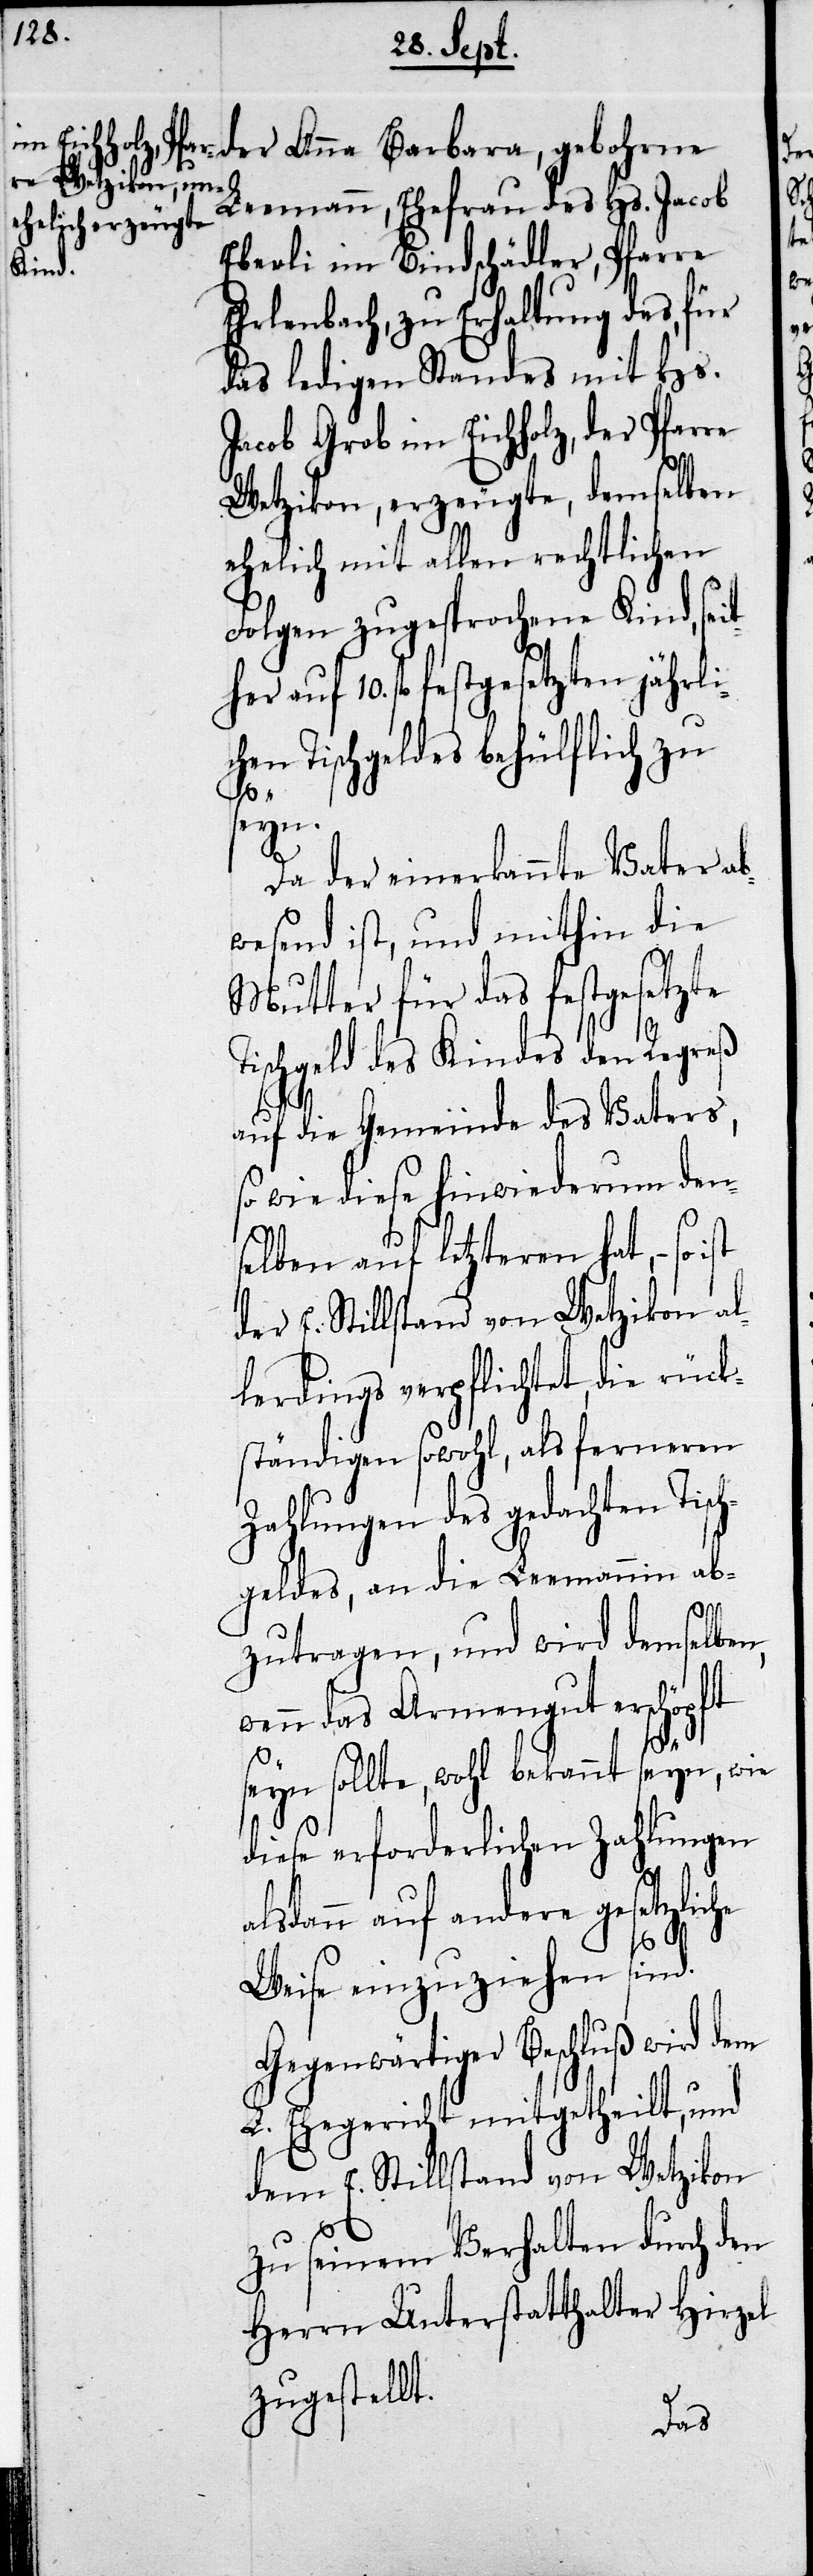
der Anna Barbara, gebohrne
Leemann, Ehefrau des Hs. Jacob
Eberli im Bindschädler, Pfarre
Erlenbach, zu Erhaltung des, für
das ledigen Standes mit Hs.
Jacob Grob im Eichholz, der Pfarre
Wetzikon, erzeugte, demselben
ehelich mit allen rechtlichen
Folgen zugesprochene Kind, seit¬
her auf 10. fl festgesetzten jährli¬
chen Tischgeldes behülflich zu
seyn.
Da der einerkannte Vater ab¬
wesend ist, und mithin die
Mutter für das festgesetzte
Tischgeld des Kindes den Regreß
auf die Gemeinde des Vaters,
so wie diese hinwiederum den¬
selben auf letzteren hat, – so
der E. Stillstand von Wetzikon al¬
lerdings verpflichtet, die rück¬
ständigen sowohl, als ferneren
Zahlungen des gedachten Tisch¬
geldes, an die Leemannin ab¬
zutragen, und wird demselben,
wenn das Armengut erschöpft
seyn sollte, wohl bekannt seyn, wie
diese erforderlichen Zahlungen
alsdann auf andere gesetzliche
Weise einzuziehen sind.
Gegenwärtiger Beschluß wird
L. Ehegericht mitgetheilt, und
dem E. Stillstand von Wetzikon
zu seinem Verhalten durch den
Herrn Unterstatthalter Hirzel
zugestellt.